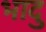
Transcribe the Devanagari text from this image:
भादु